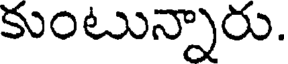
కుంటున్నారు.